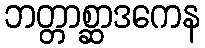
ဘတ္တာစ္ဆာဒကေန